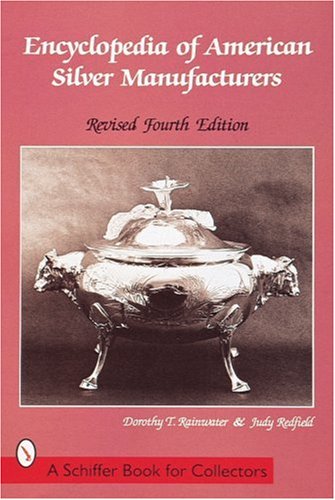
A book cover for Encyclopedia of American Silver Manufacturers (Schiffer Book for Collectors); Dorothy T. Rainwater; Crafts, Hobbies & Home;